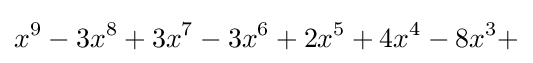
x^{9}-3x^{8}+3x^{7}-3x^{6}+2x^{5}+4x^{4}-8x^{3}+